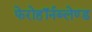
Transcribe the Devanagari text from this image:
फेरोहॉर्नब्लेण्ड